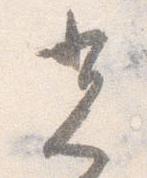
光